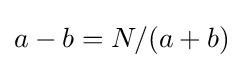
a-b=N/(a+b)